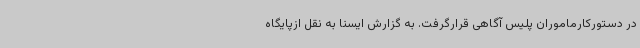
در دستورکارماموران پلیس آگاهی قرارگرفت. به گزارش ایسنا به نقل ازپایگاه